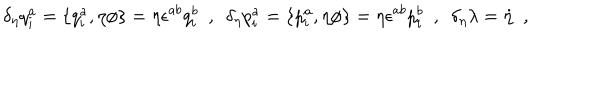
\delta _ { \eta } q _ { i } ^ { a } = \{ q _ { i } ^ { a } , \eta \phi \} = \eta \epsilon ^ { a b } q _ { i } ^ { b } \ \ , \ \ \delta _ { \eta } p _ { i } ^ { a } = \{ p _ { i } ^ { a } , \eta \phi \} = \eta \epsilon ^ { a b } p _ { i } ^ { b } \ \ , \ \ \delta _ { \eta } \lambda = \dot { \eta } \ \ ,